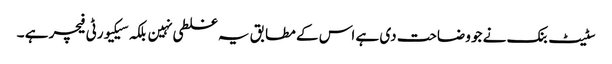
سٹیٹ بنک نے جو وضاحت دی ہے اس کے مطابق یہ غلطی نہین بلکہ سیکیورٹی فیچر ہے ۔